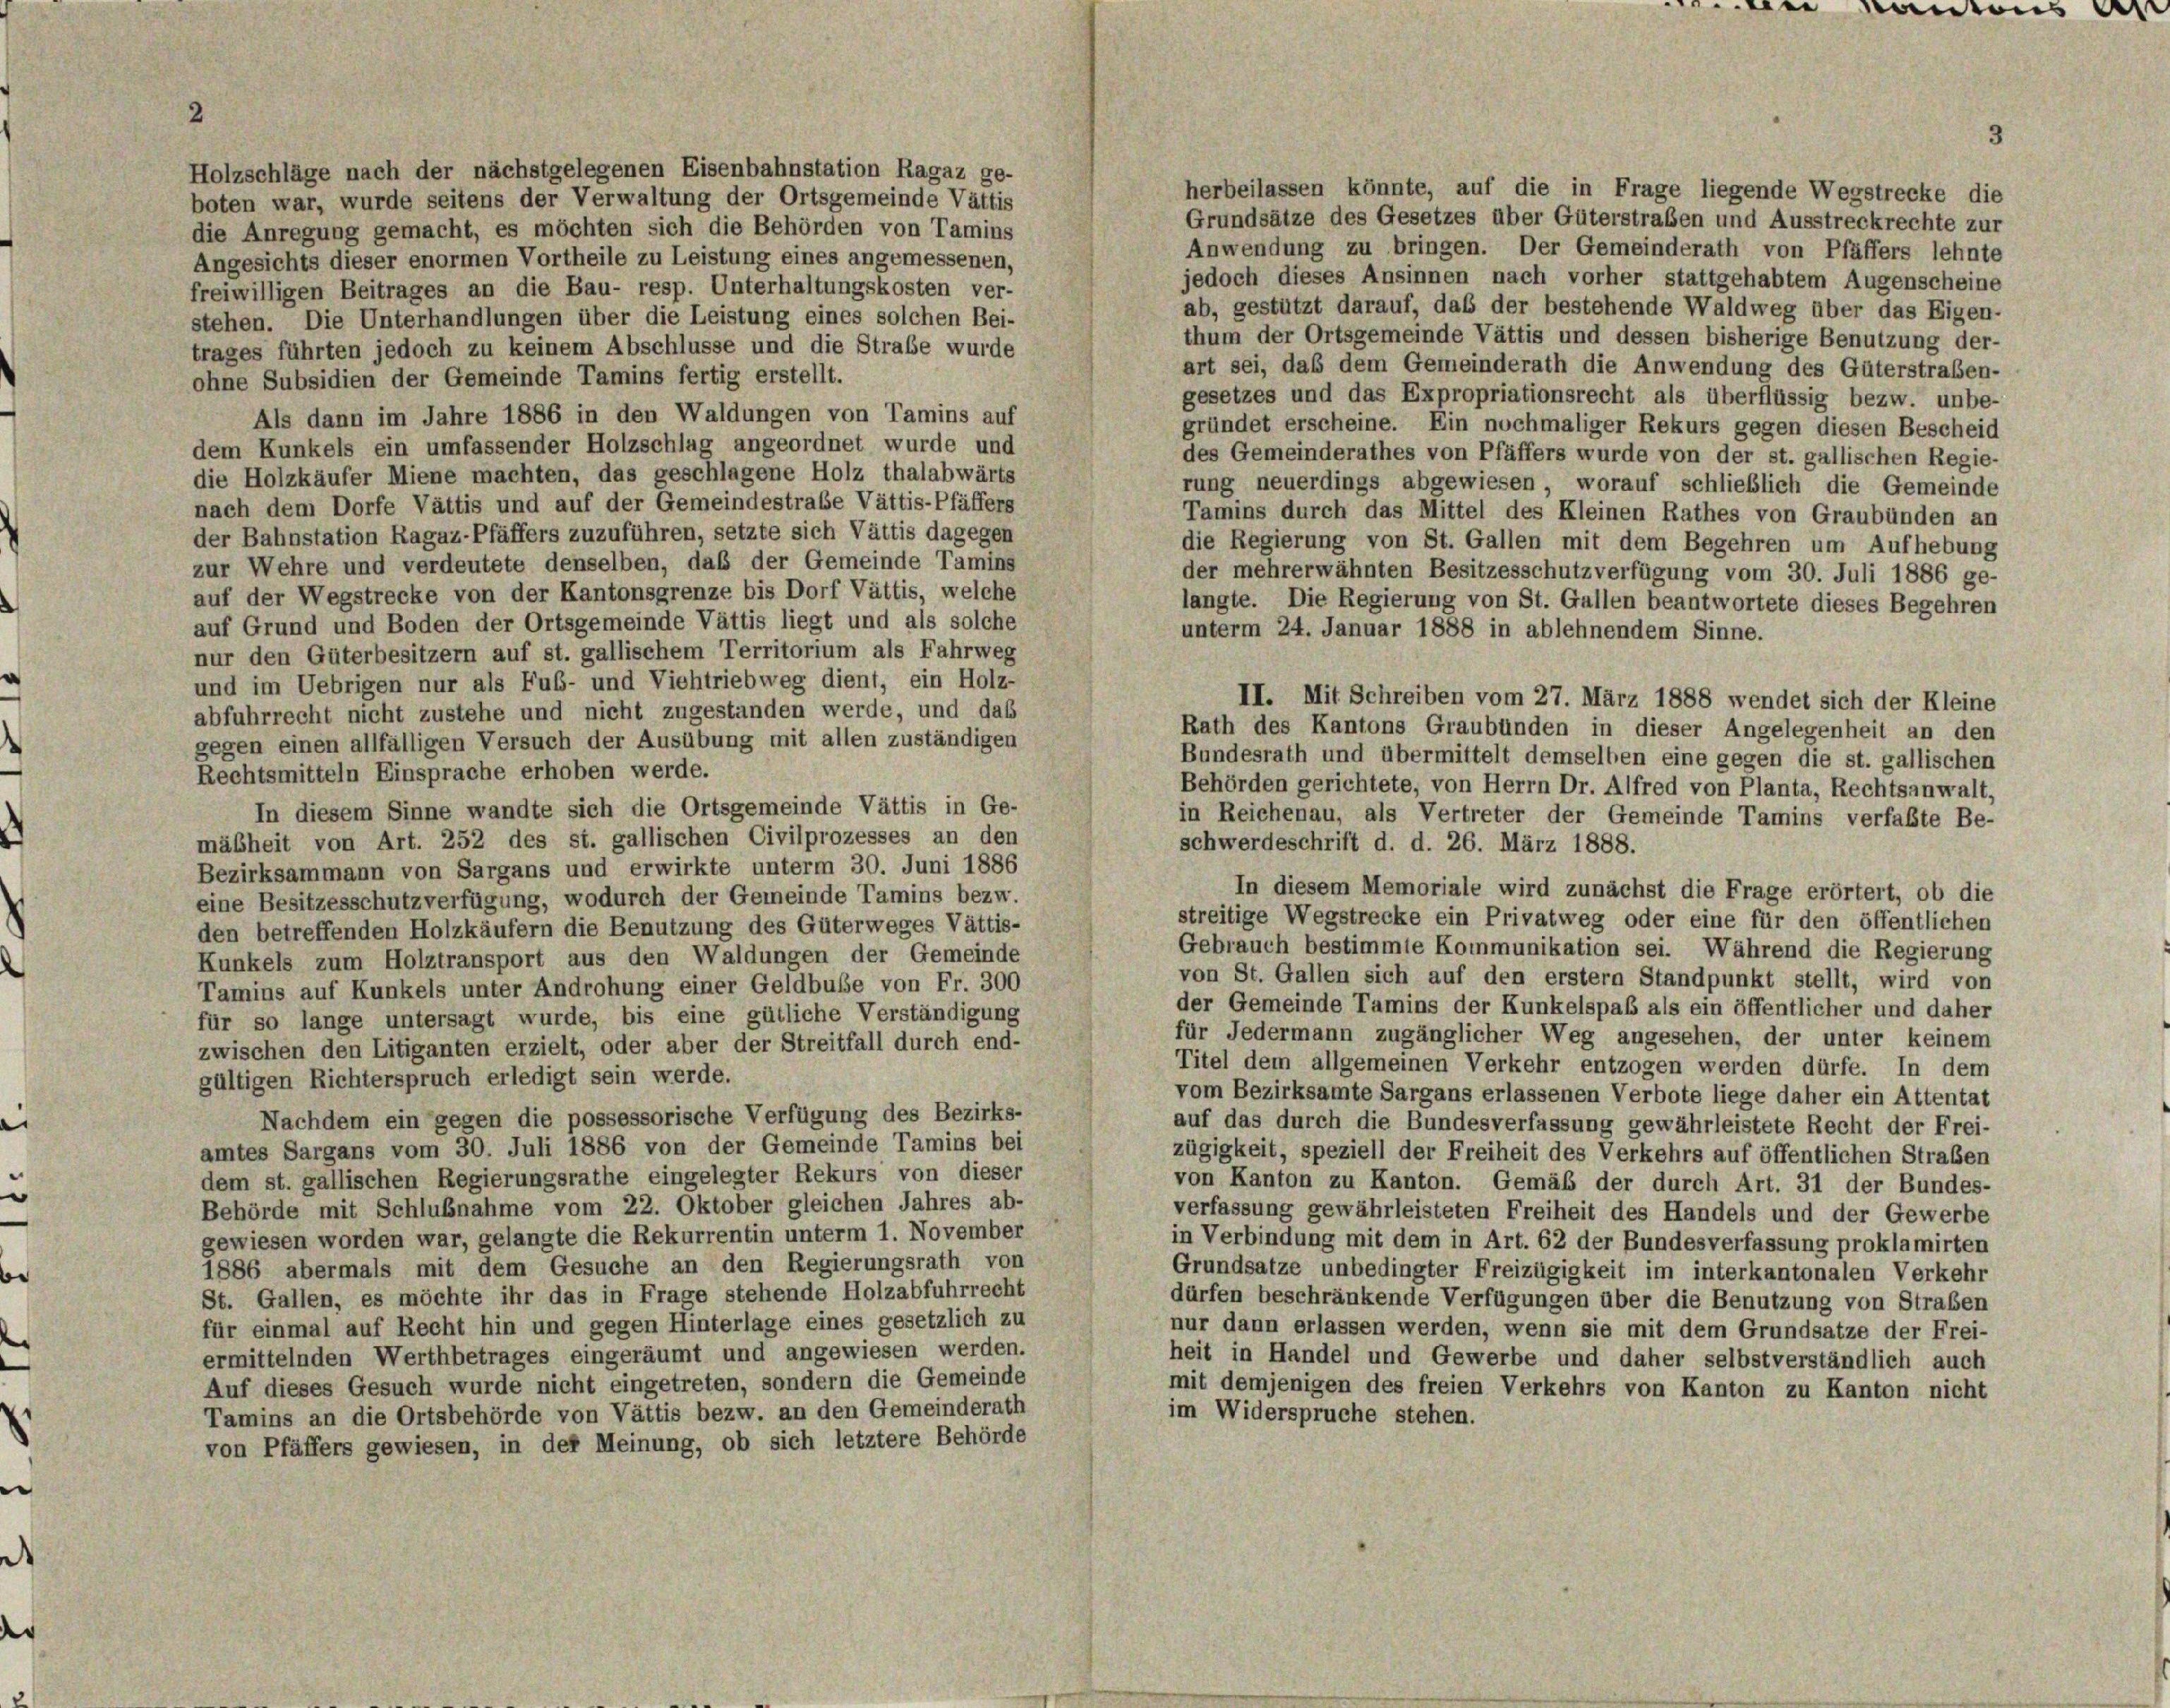
Holzschläge nach der nächstgelegenen Eisenbahnstation Ragaz ge-
boten war, wurde seitens der Verwaltung der Ortsgemeinde Vättis
die Anregung gemacht, es möchten sich die Behörden von Tamins
Angesichts dieser enormen Vortheile zu Leistung eines angemessenen,
freiwilligen Beitrages an die Bau- resp. Unterhaltungskosten ver-
stehen. Die Unterhandlungen über die Leistung eines solchen Bei-
trages führten jedoch zu keinem Abschlüsse und die Straße wurde

ohne Subsidien der Gemeinde Tamins fertig erstellt.
Als dann im Jahre 1886 in den Waldungen von Tamins auf
dem Kunkels ein umfassender Holzschlag angeordnet wurde und
die Holzkäufer Miene machten, das geschlagene Holz thalabwärts
nach dem Dorfe Vättis und auf der Gemeindestrafe Vättis-Pfäffers
der Bahnstation Ragaz-Pfäffers zuzuführen, setzte sich Vättis dagegen
zur Wehre und verdeutete denselben, daß der Gemeinde Tamins
auf der Wegstrecke von der Kantonsgrenze bis Dorf Vättis, welche
auf Grund und Boden der Ortsgemeinde Vättis liegt und als solche
unterm 24. Januar 1888 in ablehnendem Sinne.
nur den Güterbesitzern auf st. gallischem Territorium als Fahrweg
und im Uebrigen nur als Fuß- und Viehtriebweg dient, ein Holz-
II. Mit Schreiben vom 27. März 1888 wendet sich der Kleine
abfuhrrecht nicht zustehe und nicht zugestanden werde, und das
Rath des Kantons Graubünden in dieser Angelegenheit an den
gegen einen allfälligen Versuch der Ausübung mit allen zuständigen
Bundesrath und übermittelt demselben eine gegen die st. gallischen
Rechtsmitteln Einsprache erhoben werde.
Behörden gerichtete, von Herrn Dr. Alfred von Planta, Rechtsanwalt,
In diesem Sinne wandte sich die Ortsgemeinde Vättis in Ge-
in Reichenau, als Vertreter der Gemeinde Tamins verfaßte Be-
mäßheit von Art. 252 des st. gallischen Civilprozesses an den
schwerdeschrift d. d. 26. März 1888.
Bezirksammann von Sargans und erwirkte unterm 30. Juni 1886
In diesem Memoriale wird zunächst die Frage erörtert, ob die
eine Besitzesschutzverfügung, wodurch der Gemeinde Tamins bezw.
streitige Wegstrecke ein Privatweg oder eine für den öffentlichen
den betreffenden Holzkäufern die Benutzung des Güterweges Vättis-
Gebrauch bestimmte Kommunikation sei. Während die Regierung
Kunkels zum Holztransport aus den Waldungen der Gemeinde
von St. Gallen sich auf den erstem Standpunkt stellt, wird von
Tamins auf Kunkels unter Androhung einer Geldbuße von Fr. 300
der Gemeinde Tamins der Kunkelspaß als ein öffentlicher und daher
für so lange untersagt wurde, bis eine gütliche Verständigung
für Jedermann zugänglicher Weg angesehen, der unter keinem
zwischen den Litiganten erzielt, oder aber der Streitfall durch end-
Titel dem allgemeinen Verkehr entzogen werden dürfe. In dem
gültigen Richterspruch erledigt sein werde.
vom Bezirksamte Sargans erlassenen Verbote liege daher ein Attentat
Nachdem ein gegen die possessorische Verfügung des Bezirks-
auf das durch die Bundesverfassung gewährleistete Recht der Frei-
amtes Sargans vom 30. Juli 1886 von der Gemeinde Tamins bei
zügigkeit, speziell der Freiheit des Verkehrs auf öffentlichen Straßen
dem st. gallischen Regierungsrathe eingelegter Rekurs von dieser
von Kanton zu Kanton. Gemäß der durch Art. 31 der Bundes-
Behörde mit Schlußnahme vom 22. Oktober gleichen Jahres ab-
verfassung gewährleisteten Freiheit des Handels und der Gewerbe
gewiesen worden war, gelangte die Rekurrentin unterm 1. November
in Verbindung mit dem in Art. 62 der Bundesverfassung proklamirten
1886 abermals mit dem Gesuche an den Regierungsrath von
Grundsätze unbedingter Freizügigkeit im interkantonalen Verkehr
St. Gallen, es möchte ihr das in Frage stehende Holzabfuhrrecht
dürfen beschränkende Verfügungen über die Benutzung von Straben
für einmal auf Recht hin und gegen Hinterlage eines gesetzlich zu
nur dann erlassen werden, wenn sie mit dem Grundsätze der Frei-
ermittelnden Werthbetrages eingeräumt und angewiesen werden.
heit in Handel und Gewerbe und daher selbstverständlich auch
Auf dieses Gesuch wurde nicht eingetreten, sondern die Gemeinde
mit demjenigen des freien Verkehrs von Kanton zu Kanton nicht
im Widerspruche stehen.
Tamins an die Ortsbehörde von Vättis bezw. an den Gemeinderath
von Pfäffers gewiesen, in der Meinung, ob sich letztere Behörde

namens d

3

herbeilassen könnte, auf die in Frage liegende Wegstrecke die
Grundsätze des Gesetzes über Güterstraßen und Ausstreckrechte zur
Anwendung zu bringen. Der Gemeinderath von Pfäffers lehnte
jedoch dieses Ansinnen nach vorher stattgehabtem Augenscheine
ab, gestützt darauf, daß der bestehende Waldweg über das Eigen-
thum der Ortsgemeinde Vättis und dessen bisherige Benutzung der-
art sei, das dem Gemeinderath die Anwendung des Güterstraßen-
gesetzes und das Expropriationsrecht als überflüssig bezw. unbe-
gründet erscheine. Ein nochmaliger Rekurs gegen diesen Bescheid
des Gemeinderathes von Pfäffers wurde von der st. gallischen Regie-
rung neuerdings abgewiesen, worauf schließlich die Gemeinde
Tamins durch das Mittel des Kleinen Rathes von Graubünden an
die Regierung von St. Gallen mit dem Begehren um Aufhebung
der mehrerwähnten Besitzesschutzverfügung vom 30. Juli 1886 ge-
langte. Die Regierung von St. Gallen beantwortete dieses Begehren